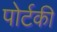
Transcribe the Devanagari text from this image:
पोर्टकी